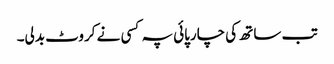
تب ساتھ کی چارپائی پہ کسی نے کروٹ بدلی۔